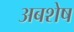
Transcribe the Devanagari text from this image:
अबशेष